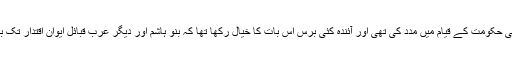
برطانیہ نے آل سعود کی حکومت کے قیام میں مدد کی تھی اور آئندہ کئی برس اس بات کا خیال رکھا تھا کہ بنو ہاشم اور دیگر عرب قبائل ایوان اقتدار تک بھٹکنے بھی نہ پائےں ۔